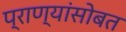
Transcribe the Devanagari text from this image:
प्राण्यांसोबत